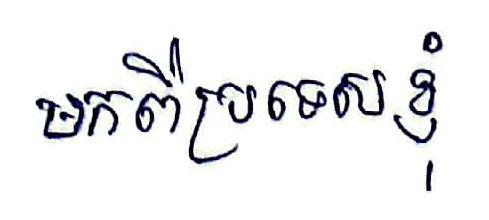
មកពីប្រទេសខ្ញុំ